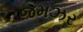
જમઝર